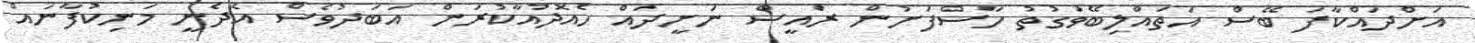
އަށްދައްކާފަ ބޭސް އަތައްލިބޭވަގުތު ހާސްފަށުން ރައީސް ނަށީދައް ހެއޮދުއާކުރަން އަބަދުވެސް އެދެނީ މަނިކުފާނައް